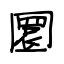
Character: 圜